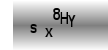
Text: sx8hY